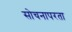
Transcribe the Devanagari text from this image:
सोचनापरता